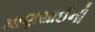
માણસાઈની